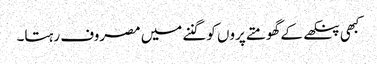
کبھی پنکھے کے گھومتے پروں کو گننے میں مصروف رہتا۔